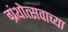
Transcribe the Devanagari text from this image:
ग्रंथोत्सवाच्या